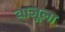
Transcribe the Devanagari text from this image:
वाजूला